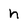
Character: h